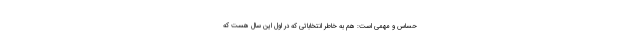
حسّاس و مهمّی است: هم به خاطر انتخاباتی که در اوّل این سال هست که